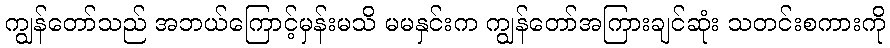
ကျွန်တော်သည် အဘယ်ကြောင့်မှန်းမသိ မမနှင်းက ကျွန်တော်အကြားချင်ဆုံး သတင်းစကားကို